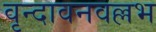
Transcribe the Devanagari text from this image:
वृन्दावनवल्लभ